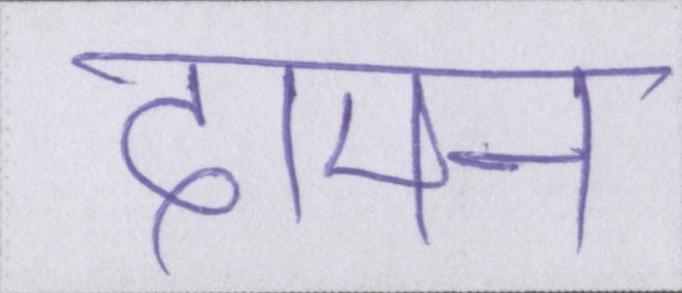
दामन